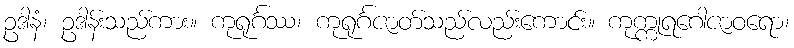
ဥဒါနံ၊ ဥဒါန်းသည်ကား။ ကုရုင်္ဂဿ၊ ကုရုင်္ဂဇာတ်သည်လည်းကောင်း။ ကုက္ကုရဂေါဇာဝရော၊